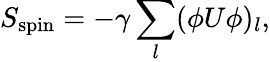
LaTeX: S_{\mathrm{spin}}=-\gamma\sum_{l}(\phi U\phi)_{l},